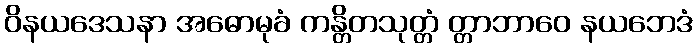
ဝိနယဒေသနာ အဓောမုခံ ကန္တိတသုတ္တံ တ္တာဘာဝေ နယဘေဒံ